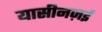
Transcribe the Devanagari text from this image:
यासीनज़ई